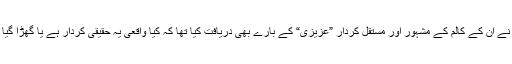
میں نے ان کے کالم کے مشہور اور مستقل کردار ”عزیزی“ کے بارے بھی دریافت کیا تھا کہ کیا واقعی یہ حقیقی کردار ہے یا گھڑا گیا ہے۔